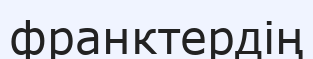
франктердің